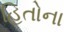
હિતોના